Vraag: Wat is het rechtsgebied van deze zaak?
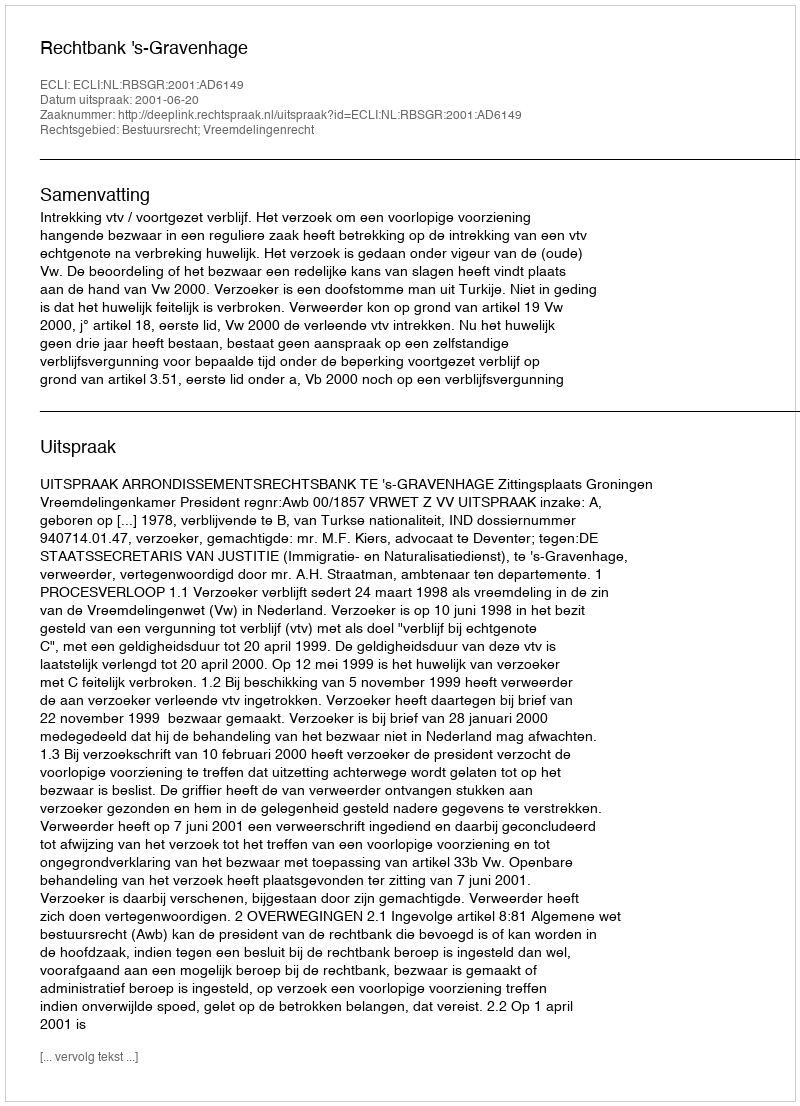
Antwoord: Bestuursrecht; Vreemdelingenrecht